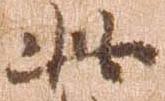
此